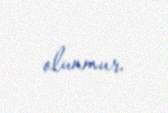
olunmur.